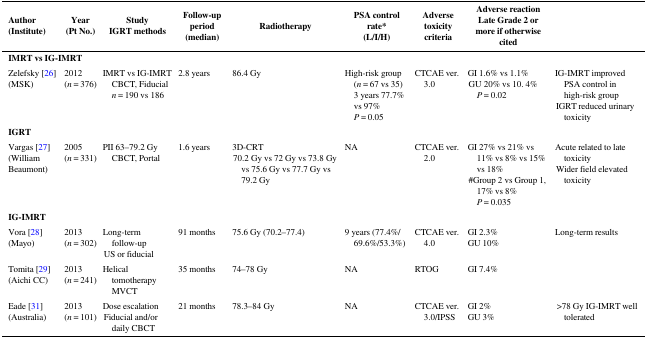
| Author(Institute) | Year(Pt No.) | StudyIGRT methods | Follow-up period(median) | Radiotherapy | PSA control rate*(L/I/H) | Adverse toxicitycriteria | Adverse reactionLate Grade 2 or more if otherwise cited |  |
 | --- | --- | --- | --- | --- | --- | --- | --- | --- |
 | <COLSPAN=9> IMRT vs IG-IMRT |
 | Zelefsky [26](MSK) | 2012(n = 376) | IMRT vs IG-IMRTCBCT, Fiducial n = 190 vs 186 | 2.8 years | 86.4 Gy | High-risk group (n = 67 vs 35)3 years 77.7% vs 97% P = 0.05 | CTCAE ver. 3.0 | GI 1.6% vs 1.1%GU 20% vs 10. 4% P = 0.02 | IG-IMRT improved PSA control in high-risk groupIGRT reduced urinary toxicity |
 | <COLSPAN=9> IGRT |
 | Vargas [27](William Beaumont) | 2005(n = 331) | PII 63–79.2 GyCBCT, Portal | 1.6 years | 3D-CRT70.2 Gy vs 72 Gy vs 73.8 Gy vs 75.6 Gy vs 77.7 Gy vs 79.2 Gy | NA | CTCAE ver. 2.0 | GI 27% vs 21% vs 11% vs 8% vs 15% vs 18%#Group 2 vs Group 1, 17% vs 8% P = 0.035 | Acute related to late toxicityWider field elevated toxicity |
 | <COLSPAN=9> IG-IMRT |
 | Vora [28](Mayo) | 2013(n = 302) | Long-term follow-upUS or fiducial | 91 months | 75.6 Gy (70.2–77.4) | 9 years (77.4%/69.6%/53.3%) | CTCAE ver. 4.0 | GI 2.3%GU 10% | Long-term results |
 | Tomita [29](Aichi CC) | 2013(n = 241) | Helical tomotherapy MVCT | 35 months | 74–78 Gy | NA | RTOG | GI 7.4% |  |
 | Eade [31](Australia) | 2013(n = 101) | Dose escalationFiducial and/or daily CBCT | 21 months | 78.3–84 Gy | NA | CTCAE ver. 3.0/IPSS | GI 2%GU 3% | >78 Gy IG-IMRT well tolerated |